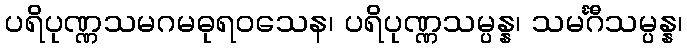
ပရိပုဏ္ဏသမဂမဓုရဝသေန၊ ပရိပုဏ္ဏသမ္ပန္န၊ သမင်္ဂီသမ္ပန္န၊